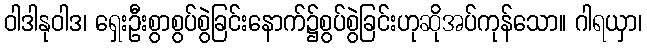
ဝါဒါနုဝါဒ၊ ရှေးဦးစွာစွပ်စွဲခြင်းနောက်၌စွပ်စွဲခြင်းဟုဆိုအပ်ကုန်သော။ ဂါရယှာ၊